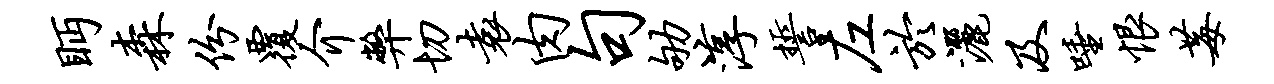
眄森份覆介弊切袁肉句劬淳誓左於洒及唾恨莓